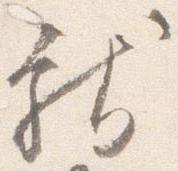
献